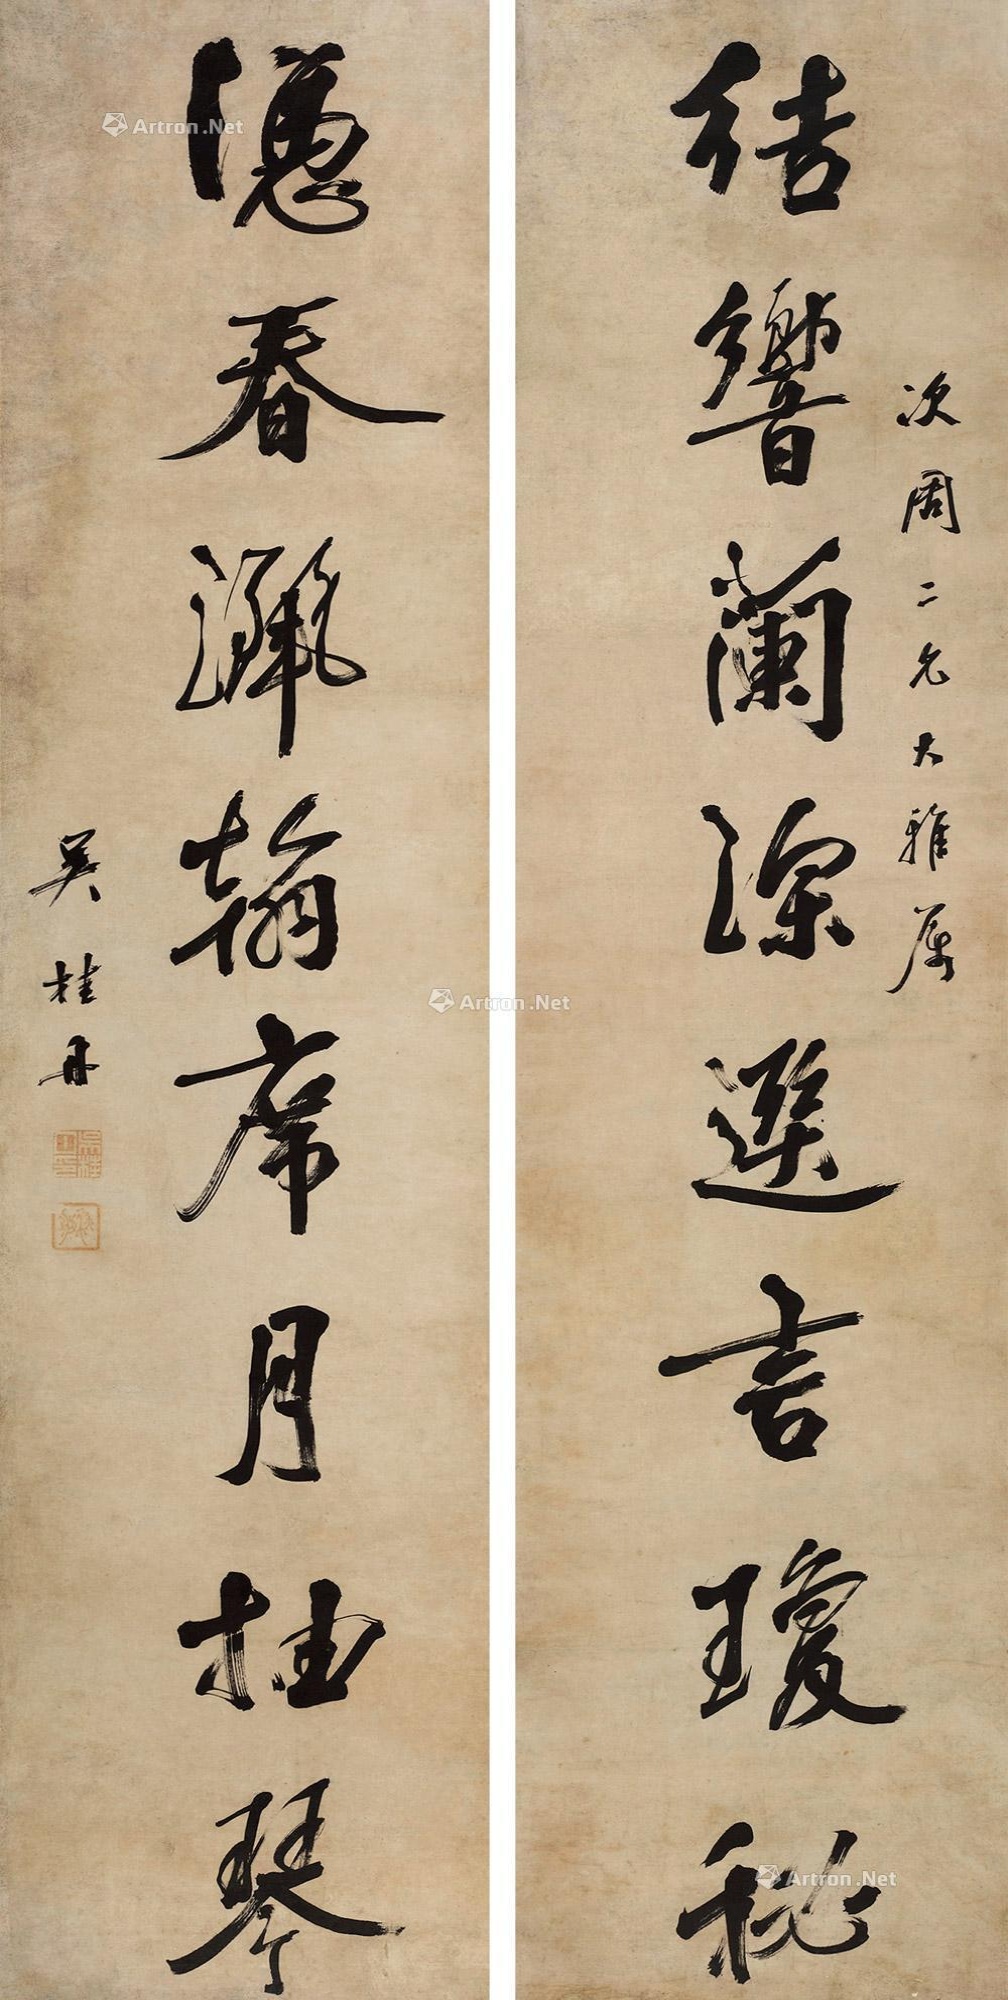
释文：缀响兰深选言琼秘，凭春洒翰席月抽琴。次周二兄大雅属，吴桂丹。